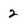
Character: 2